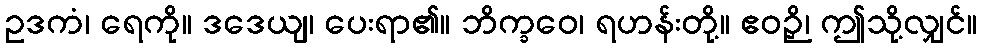
ဥဒကံ၊ ရေကို။ ဒဒေယျ၊ ပေးရာ၏။ ဘိက္ခဝေ၊ ရဟန်းတို့။ ဧဝဉှိ၊ ဤသို့လျှင်။